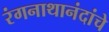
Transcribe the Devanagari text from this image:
रंगनाथानंदांचे